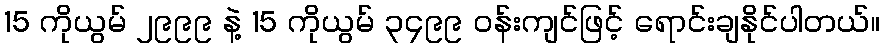
15 ကိုယွမ် ၂၉၉၉ နဲ့ 15 ကိုယွမ် ၃၄၉၉ ဝန်းကျင်ဖြင့် ရောင်းချနိုင်ပါတယ်။